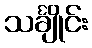
သင်္ချိုင်း